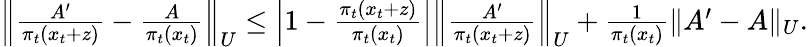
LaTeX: \begin{array}{r}{\left\| \frac{A^{\prime}}{\pi_{t}(x_{t}+z)}-\frac{A}{\pi_{t}(x_{t})}\right\| _{U}\le\left|1-\frac{\pi_{t}(x_{t}+z)}{\pi_{t}(x_{t})}\right|\left\| \frac{A^{\prime}}{\pi_{t}(x_{t}+z)}\right\| _{U}+\frac{1}{\pi_{t}(x_{t})}\| A^{\prime}-A\| _{U}.}\end{array}